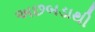
અછબડાથી